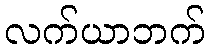
လက်ယာဘက်